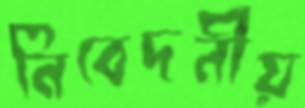
নিবেদনীয়